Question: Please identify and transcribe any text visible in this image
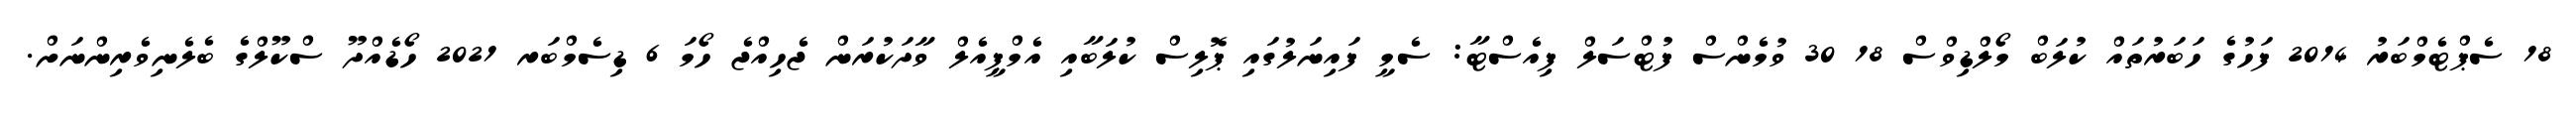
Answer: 18 ސެޕްޓެމްބަރު 2014 ފަހުގެ ހަބަރުތައް ކުލަބް މޯލްޑިވްސް 18 30 ވުމެންސް ފުޓްސަލް ފިއެސްޓާ: ސެމީ ފައިނަލުގައި ޕޮލިސް ކުލަބާއި އެމްޕީއެލް ވާދަކުރަން ޖެހިއްޖެ ހޯމަ 6 ޑިސެމްބަރ 2021 ހޯޑެއްދޫ ސްކޫލްގެ ބެލެނިވެރިންނަށް.